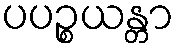
ပပဉ္စယန္တာ